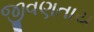
જીવણતાય